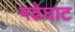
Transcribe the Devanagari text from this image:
मढेघाट